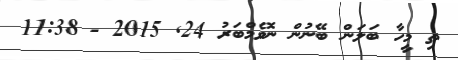
ތި މީިހާ ބަލަން ބޭނުން ނޮވެމްބަރު 24